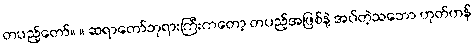
တပည့်တော်။ ။ ဆရာတော်ဘုရားကြီးကတော့ တပည့်အဖြစ်နဲ့ အပ်တဲ့သဘော ဟုတ်ဟန်